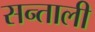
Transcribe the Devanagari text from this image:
सन्ताली